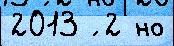
2013 ́ 2 но